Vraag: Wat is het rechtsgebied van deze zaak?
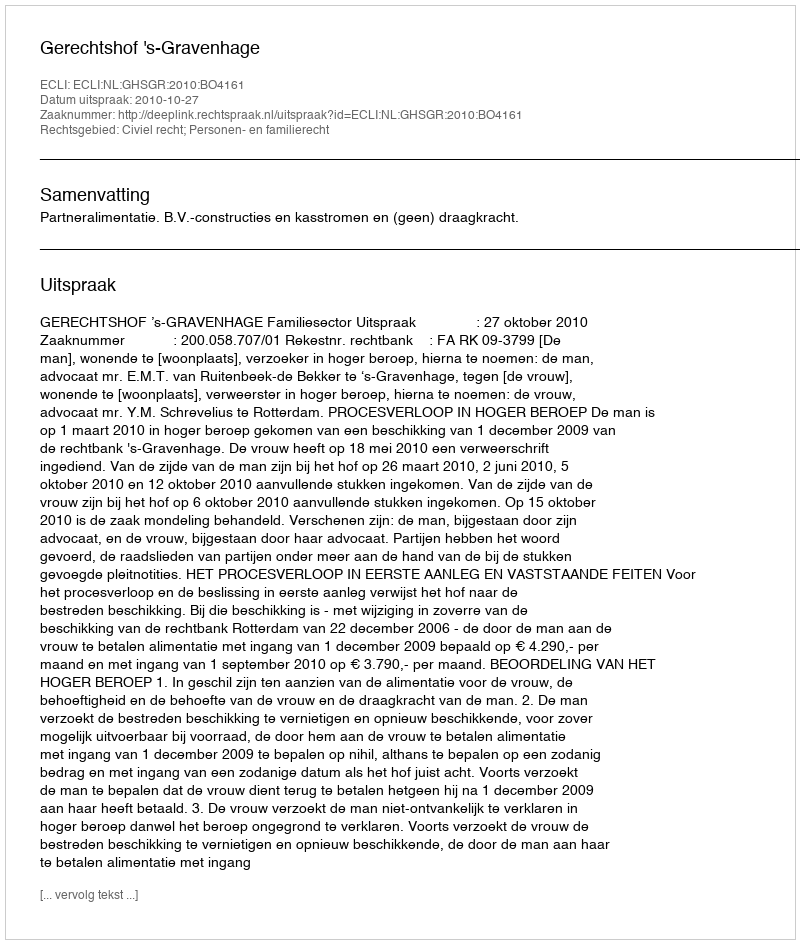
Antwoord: Civiel recht; Personen- en familierecht